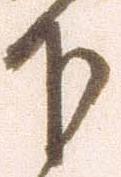
下